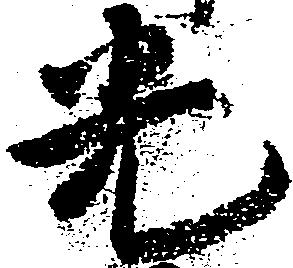
光